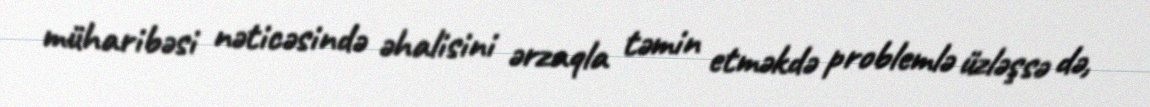
müharibəsi nəticəsində əhalisini ərzaqla təmin etməkdə problemlə üzləşsə də,